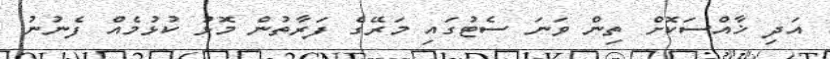
އަދި ޚާއްސަކޮށް ތިން ވަނަ ސެޓުގައި މަރޭގެ ފަރާތުން މޮޅު ކުޅުމެއް ފެނުނު